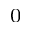
_ { 0 }